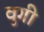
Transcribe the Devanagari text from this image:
वुगी